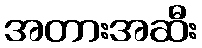
အတားအဆီး